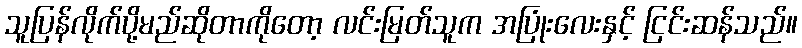
သူပြန်လိုက်ပို့မည်ဆိုတာကိုတော့ လင်းမြတ်သူက အပြုံးလေးနှင့် ငြင်းဆန်သည်။